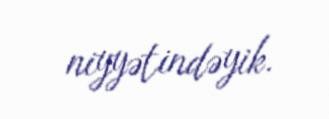
niyyətindəyik.